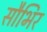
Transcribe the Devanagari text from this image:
सौभिर